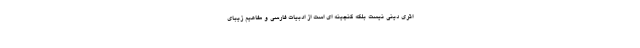
اثری دینی نیست بلکه گنجینه ای است از ادبیات فارسی و مفاهیم زیبای